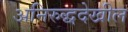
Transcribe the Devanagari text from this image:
अनिरुद्धदेखील